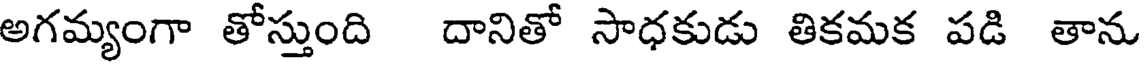
అగమ్యంగా తోస్తుంది దానితో సాధకుడు తికమక పడి తాను